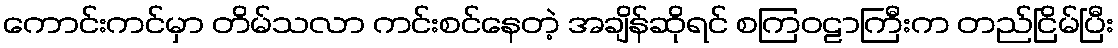
ကောင်းကင်မှာ တိမ်သလာ ကင်းစင်နေတဲ့ အချိန်ဆိုရင် စကြဝဠာကြီးက တည်ငြိမ်ပြီး